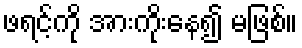
ဖရင့်ကို အားကိုးနေ၍ မဖြစ်။